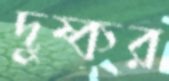
দুষ্কর